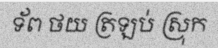
ទ័ព ថយ ត្រឡប់ ស្រុក